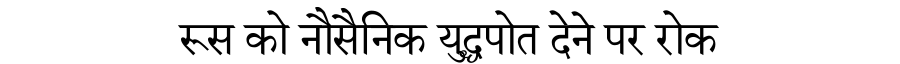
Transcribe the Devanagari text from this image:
रूस को नौसैनिक युद्धपोत देने पर रोक